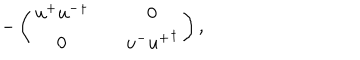
- \left( \begin{matrix} { { u ^ { + } { u ^ { - } } ^ { \dagger } } } & { { } } & { { 0 } } \\ { { 0 } } & { { } } & { { u ^ { - } { u ^ { + } } ^ { \dagger } } } \\ \end{matrix} \right) ,